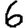
Digit: 6